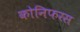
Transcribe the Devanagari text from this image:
कोनिफरस